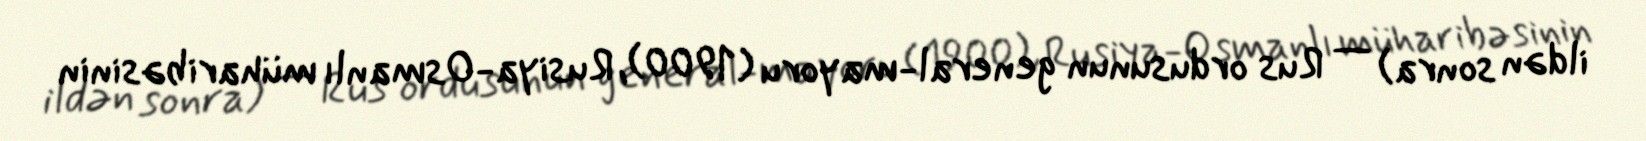
ildən sonra) — Rus ordusunun general-mayoru (1900), Rusiya-Osmanlı müharibəsinin